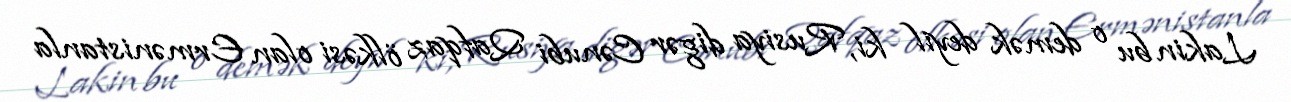
Lakin bu o demək deyil ki, Rusiya digər Cənubi Qafqaz ölkəsi olan Ermənistanla